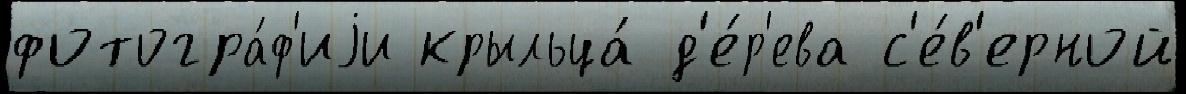
фотогра́ф'иjи крыльца́ д'е́р'ева с'е́в'ерной